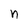
Character: n